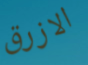
الازرق